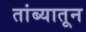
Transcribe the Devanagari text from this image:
तांब्यातून